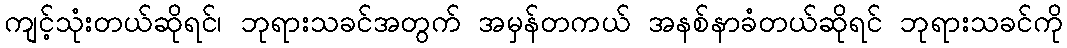
ကျင့်သုံးတယ်ဆိုရင်၊ ဘုရားသခင်အတွက် အမှန်တကယ် အနစ်နာခံတယ်ဆိုရင် ဘုရားသခင်ကို